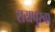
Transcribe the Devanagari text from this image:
रायपुरबा